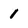
Character: 1